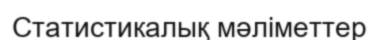
Статистикалық мәліметтер